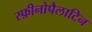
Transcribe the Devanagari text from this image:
स्फ़ीनोपैलाटिन